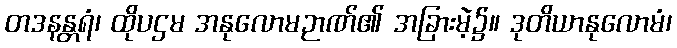
တဒနန္တရံ၊ ထိုပဌမ အနုလောမဉာဏ်၏ အခြားမဲ့၌။ ဒုတိယာနုလောမံ၊